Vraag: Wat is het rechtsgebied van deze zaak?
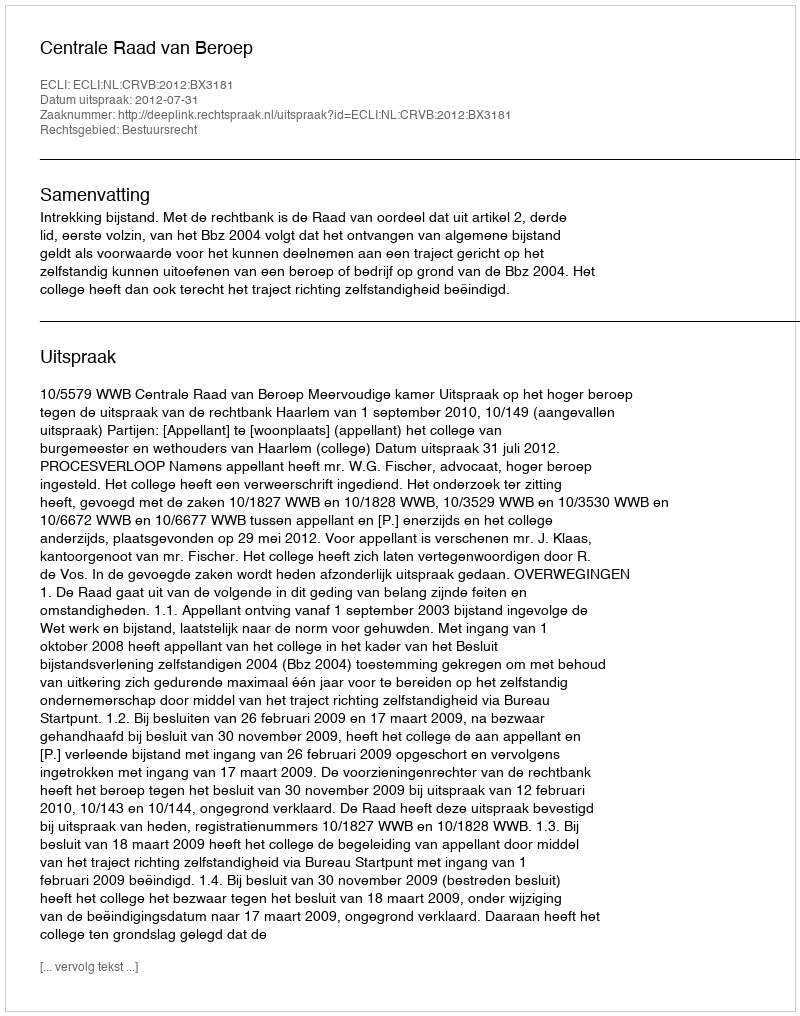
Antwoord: Bestuursrecht